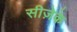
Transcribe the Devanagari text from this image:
सीज़ेके